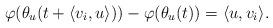
LaTeX: \begin{align*}\varphi(\theta_u(t+\langle v_i, u \rangle ))-\varphi(\theta_u(t)) = \langle u, v_i \rangle.\end{align*}